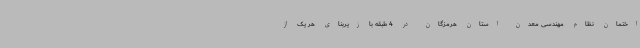
اختمان نظام مهندسی معدن استان هرمزگان در 4 طبقه با زیربنای هر یک از